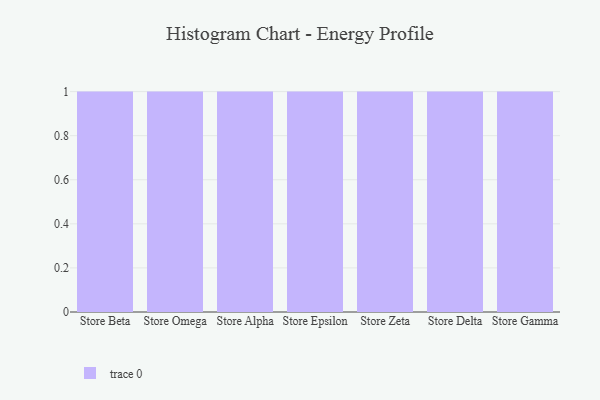
{"axis": {"x": "Store", "y": "Tickets Resolved"}, "legend": [""], "data": [{"x": "Store Beta", "y": 76, "type": ""}, {"x": "Store Omega", "y": 2, "type": ""}, {"x": "Store Alpha", "y": 43, "type": ""}, {"x": "Store Epsilon", "y": 57, "type": ""}, {"x": "Store Zeta", "y": 28, "type": ""}, {"x": "Store Delta", "y": 11, "type": ""}, {"x": "Store Gamma", "y": 91, "type": ""}]}